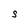
Character: S